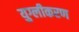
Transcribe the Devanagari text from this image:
युग्लीकरण